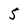
Character: 5